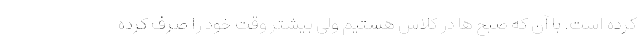
کرده است. با آن که صبح ها در کلاس هستیم ولی بیشتر وقت خود را صرف کرده